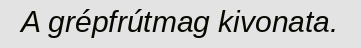
A grépfrútmag kivonata.